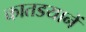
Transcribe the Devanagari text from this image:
कातडयानें